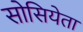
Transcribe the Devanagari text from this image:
सोसियेता